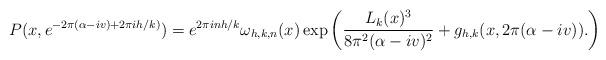
LaTeX: \begin{align*}P(x, e^{ - 2 \pi ( \alpha -i v) + 2 \pi i h/k)})=e^{ 2 \pi i n h/k} \omega_{h,k,n}(x)\exp\left(\frac{ L_k(x)^3}{ 8 \pi^2 ( \alpha- iv)^2} + g_{h,k}(x, 2 \pi ( \alpha - iv)) .\right)\end{align*}